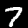
Digit: 7